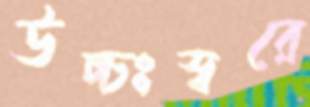
উচ্চঃস্বরে